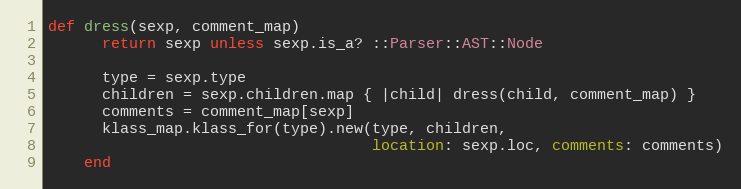
Language: Ruby
def dress(sexp, comment_map)
      return sexp unless sexp.is_a? ::Parser::AST::Node

      type = sexp.type
      children = sexp.children.map { |child| dress(child, comment_map) }
      comments = comment_map[sexp]
      klass_map.klass_for(type).new(type, children,
                                    location: sexp.loc, comments: comments)
    end